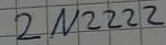
Text: 2N2222